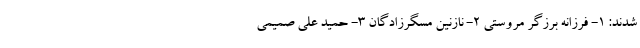
شدند: ۱- فرزانه برزگر مروستی ۲- نازنین مسگرزادگان ۳- حمید علی صمیمی